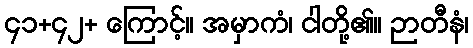
၄၁+၄၂+ ကြောင့်။ အမှာကံ၊ ငါတို့၏။ ဉာတီနံ၊